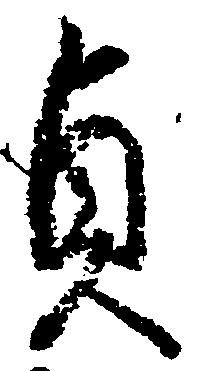
貞